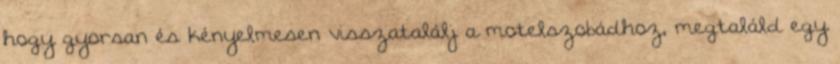
hogy gyorsan és kényelmesen visszatalálj a motelszobádhoz, megtaláld egy